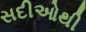
સદીઓથી